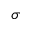
\sigma